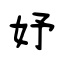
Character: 妤